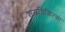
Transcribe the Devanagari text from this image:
शस्त्रचिकित्सा